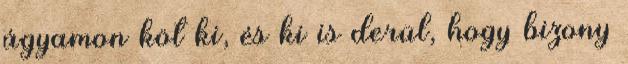
ágyamon köt ki, és ki is derül, hogy bizony